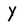
Character: Y